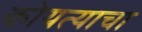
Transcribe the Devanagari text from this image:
कोयत्याचा